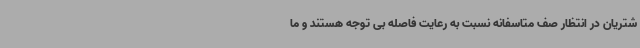
شتریان در انتظار صف متاسفانه نسبت به رعایت فاصله بی توجه هستند و ما